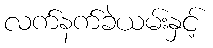
လက်နက်ခဲယမ်းနှင့်